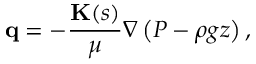
\mathbf { q } = - \frac { \mathbf { K } ( s ) } { \mu } \nabla \left( P - \rho g z \right) ,